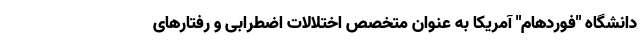
دانشگاه "فوردهام" آمریکا به عنوان متخصص اختلالات اضطرابی و رفتارهای